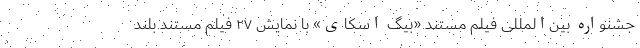
جشنواره بین‌المللی فیلم مستند «بیگ اسکای» با نمایش ۲۷ فیلم مستند بلند